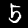
Digit: 5